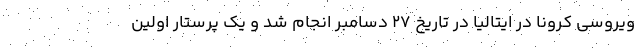
ویروسی کرونا در ایتالیا در تاریخ ۲۷ دسامبر انجام شد و یک پرستار اولین